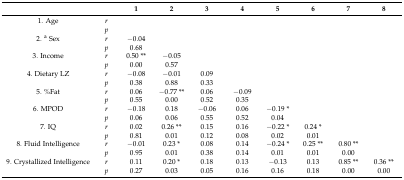
<table><thead><tr><td></td><td></td><td><b>1</b></td><td><b>2</b></td><td><b>3</b></td><td><b>4</b></td><td><b>5</b></td><td><b>6</b></td><td><b>7</b></td><td><b>8</b></td></tr></thead><tbody><tr><td>1. Age</td><td><i>r</i></td><td></td><td></td><td></td><td></td><td></td><td></td><td></td><td></td></tr><tr><td></td><td><i>p</i></td><td></td><td></td><td></td><td></td><td></td><td></td><td></td><td></td></tr><tr><td>2. <sup>a</sup> Sex</td><td><i>r</i></td><td>−0.04</td><td></td><td></td><td></td><td></td><td></td><td></td><td></td></tr><tr><td></td><td><i>p</i></td><td>0.68</td><td></td><td></td><td></td><td></td><td></td><td></td><td></td></tr><tr><td>3. Income</td><td><i>r</i></td><td>0.50 **</td><td>−0.05</td><td></td><td></td><td></td><td></td><td></td><td></td></tr><tr><td></td><td><i>p</i></td><td>0.00</td><td>0.57</td><td></td><td></td><td></td><td></td><td></td><td></td></tr><tr><td>4. Dietary LZ</td><td><i>r</i></td><td>−0.08</td><td>−0.01</td><td>0.09</td><td></td><td></td><td></td><td></td><td></td></tr><tr><td></td><td><i>p</i></td><td>0.38</td><td>0.88</td><td>0.33</td><td></td><td></td><td></td><td></td><td></td></tr><tr><td>5. %Fat</td><td><i>r</i></td><td>0.06</td><td>−0.77 **</td><td>0.06</td><td>−0.09</td><td></td><td></td><td></td><td></td></tr><tr><td></td><td><i>p</i></td><td>0.55</td><td>0.00</td><td>0.52</td><td>0.35</td><td></td><td></td><td></td><td></td></tr><tr><td>6. MPOD</td><td><i>r</i></td><td>−0.18</td><td>0.18</td><td>−0.06</td><td>0.06</td><td>−0.19 *</td><td></td><td></td><td></td></tr><tr><td></td><td><i>p</i></td><td>0.06</td><td>0.06</td><td>0.55</td><td>0.52</td><td>0.04</td><td></td><td></td><td></td></tr><tr><td>7. IQ</td><td><i>r</i></td><td>0.02</td><td>0.26 **</td><td>0.15</td><td>0.16</td><td>−0.22 *</td><td>0.24 *</td><td></td><td></td></tr><tr><td></td><td><i>p</i></td><td>0.81</td><td>0.01</td><td>0.12</td><td>0.08</td><td>0.02</td><td>0.01</td><td></td><td></td></tr><tr><td>8. Fluid Intelligence</td><td><i>r</i></td><td>−0.01</td><td>0.23 *</td><td>0.08</td><td>0.14</td><td>−0.24 *</td><td>0.25 **</td><td>0.80 **</td><td></td></tr><tr><td></td><td><i>p</i></td><td>0.95</td><td>0.01</td><td>0.38</td><td>0.14</td><td>0.01</td><td>0.01</td><td>0.00</td><td></td></tr><tr><td>9. Crystallized Intelligence</td><td><i>r</i></td><td>0.11</td><td>0.20 *</td><td>0.18</td><td>0.13</td><td>−0.13</td><td>0.13</td><td>0.85 **</td><td>0.36 **</td></tr><tr><td></td><td><i>p</i></td><td>0.27</td><td>0.03</td><td>0.05</td><td>0.16</td><td>0.16</td><td>0.18</td><td>0.00</td><td>0.00</td></tr></tbody></table>